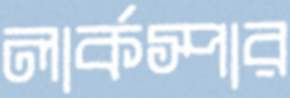
লার্কস্পার